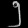
Digit: ၅